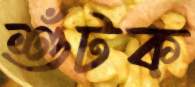
শুঁটক